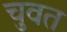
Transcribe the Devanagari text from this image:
चुवत